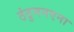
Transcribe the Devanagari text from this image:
ठंठुननएना